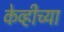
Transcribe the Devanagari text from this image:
केव्हीच्या